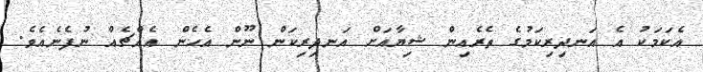
އެކަމަކު އެ އަނދިރިކަމުގެ ތެރެއިން ޝިޔާއަށް އަނދިރިކަން ނޫން އެހެން އެއްޗެއް ނުފެނެއެވެ.